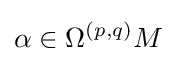
\alpha \in \Omega ^{(p,q)}M